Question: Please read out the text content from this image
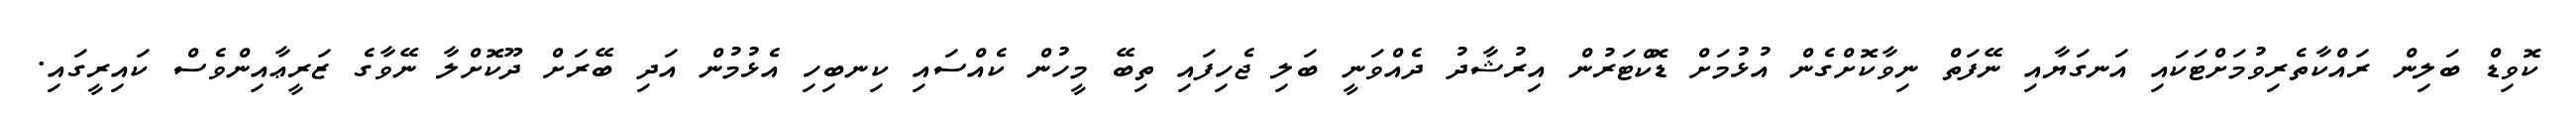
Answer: ކޮވިޑް ބަލިން ރައްކާތެރިވުމަށްޓަކައި އަނގަޔާއި ނޭފަތް ނިވާކޮށްގެން އުޅުމަށް ޑޮކްޓަރުން އިރުޝާދު ދެއްވަނީ ބަލި ޖެހިފައި ތިބޭ މީހުން ކެއްސައި ކިނބިހި އެޅުމުން އަދި ބޭރަށް ދޫކޮށްލާ ނޭވާގެ ޒަރީޢާއިންވެސް ކައިރީގައި.